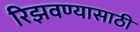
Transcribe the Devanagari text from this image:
रिझवण्यासाठी